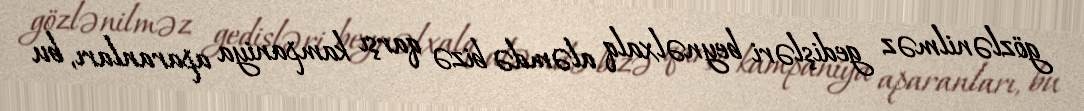
gözlənilməz gedişləri beynəlxalq aləmdə bizə qarşı kampaniya aparanları, bu